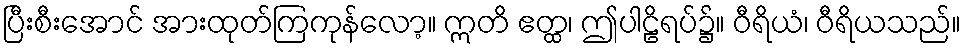
ပြီးစီးအောင် အားထုတ်ကြကုန်လော့။ ဣတိ ဧတ္ထ၊ ဤပါဠိရပ်၌။ ဝီရိယံ၊ ဝီရိယသည်။